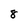
Character: 8